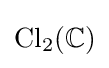
\operatorname {Cl} _{2}(\mathbb {C} )